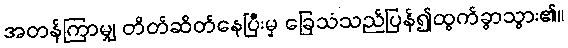
အတန်ကြာမျှ တိတ်ဆိတ်နေပြီးမှ ခြေသံသည်ပြန်၍ထွက်ခွာသွား၏။